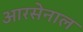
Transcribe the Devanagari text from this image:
आरसेनाल